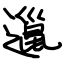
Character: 邋